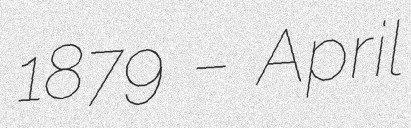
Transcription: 1879 – April